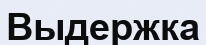
Выдержка